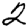
Digit: 2